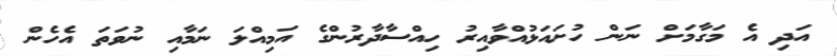
އަދި އެ މަގާމަށް ނަން ހުށައަޅުއްވާއިރު ހިއްސާދާރުންގެ އަމިއްލަ ނަމާއި ނުވަތަ އެހެން